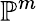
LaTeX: \mathbb{P}^{m}